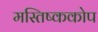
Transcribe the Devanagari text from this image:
मस्तिष्ककोप